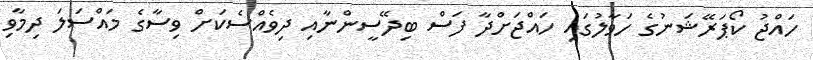
ހައްޖު ކޯޕަރޭޝަނުގެ ހަވާލުގައި ހައްޖަށްދާ ފަސް ބިދޭސީންނާއި ދިވެއްސެކަށް ވިސާގެ މައްސަލަ ދިމާވި